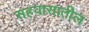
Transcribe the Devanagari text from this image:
सहवासातील